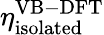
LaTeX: \eta_{\mathrm{isolated}}^{\mathrm{VB-DFT}}